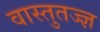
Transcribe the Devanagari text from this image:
वास्तुतज्ज्ञ